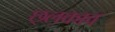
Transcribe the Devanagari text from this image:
छ्लकाव